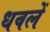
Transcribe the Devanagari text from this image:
धवलें